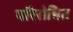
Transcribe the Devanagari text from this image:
परिरोधित